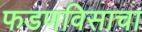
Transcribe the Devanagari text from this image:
फडणविसाचा